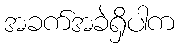
အခက်အခဲရှိပါက